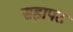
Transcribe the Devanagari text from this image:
सहापट